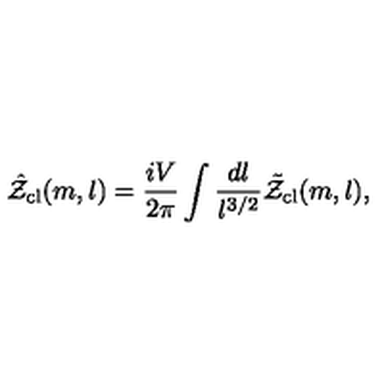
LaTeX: \hat { \cal Z } _ { \mathrm { c l } } ( m , l ) = \frac { i V } { 2 \pi } \int \frac { d l } { l ^ { 3 / 2 } } \tilde { \cal Z } _ { \mathrm { c l } } ( m , l ) ,